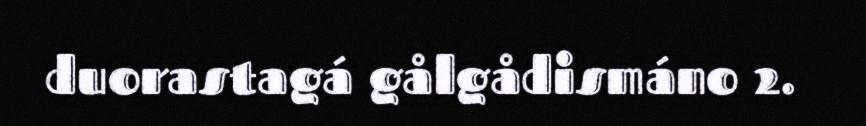
duorastagá gålgådismáno 2.